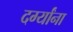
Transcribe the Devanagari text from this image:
दर्ग्यांना